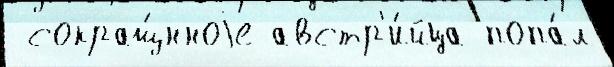
 сокращ́нноjе австр'и́йца попа́л